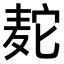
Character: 𫜒